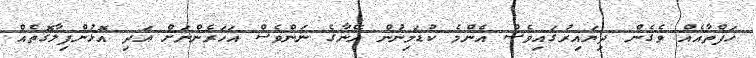
ހަފްތާއެއް ވެގެން ދިޔައިރުގައިވެސް އެންމެ ކުޑަމިނުން އޭނާގެ ނަންވެސް އަހަރެންނަށް އަދި އޮޅުންފިލާގޮތެއް